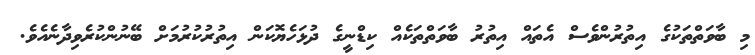
މި ބާވަތްތަކުގެ އިތުރުންވެސް އެތައް އިތުރު ބާވަތްތަކެއް ކިޑްނީގެ ދުޅަހެޔޮކަން އިތުރުކުރުމަށް ބޭނުންކުރެވިދާނެއެވެ.